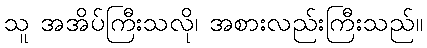
သူ အအိပ်ကြီးသလို၊ အစားလည်းကြီးသည်။